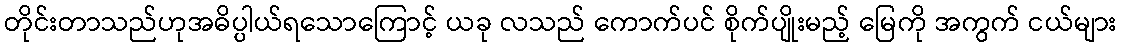
တိုင်းတာသည်ဟုအဓိပ္ပါယ်ရသောကြောင့် ယခု လသည် ကောက်ပင် စိုက်ပျိုးမည့် မြေကို အကွက် ငယ်များ